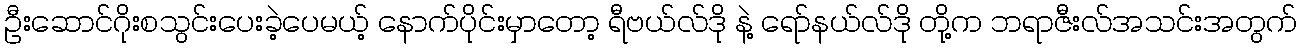
ဦးဆောင်ဂိုးစသွင်းပေးခဲ့ပေမယ့် နောက်ပိုင်းမှာတော့ ရီဗယ်လ်ဒို နဲ့ ရော်နယ်လ်ဒို တို့က ဘရာဇီးလ်အသင်းအတွက်